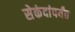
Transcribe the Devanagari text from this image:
सेकंदांपर्यंत